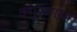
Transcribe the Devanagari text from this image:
क्यूएमएस